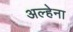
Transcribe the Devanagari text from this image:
अल्हेना